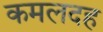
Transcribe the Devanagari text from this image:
कमलदह